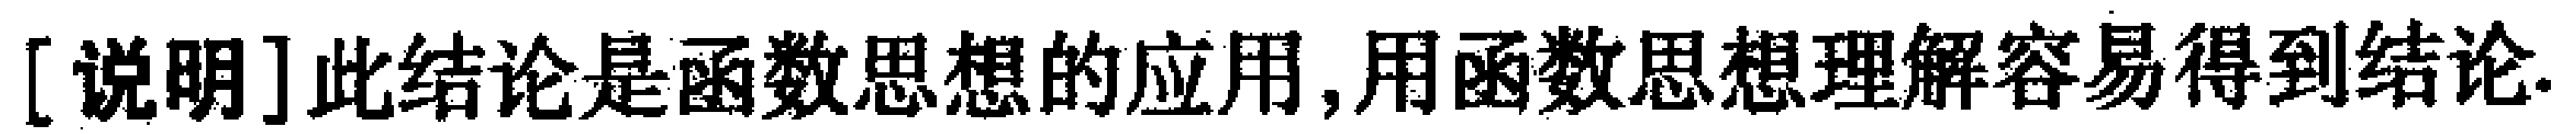
[说明] 此结论是函数思想的应用, 用函数思想理解容易得到结论.